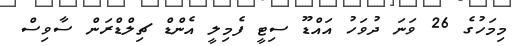
މިމަހުގެ 26 ވަނަ ދުވަހު އައްޑޫ ސިޓީ ފެމިލީ އެންޑް ޗިލްޑްރަން ސާވިސް